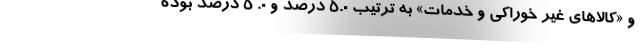
و «کالاهای غیر خوراکی و خدمات» به ترتیب ٥.٠ درصد و ٠. ٥ درصد بوده